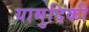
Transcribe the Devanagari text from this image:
यामुदिकी